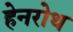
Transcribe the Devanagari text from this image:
हेनरोथ